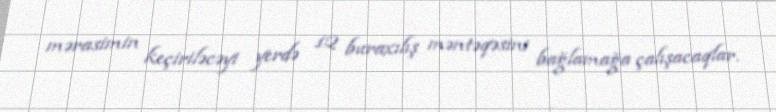
mərasimin keçiriləcəyi yerdə 12 buraxılış məntəqəsini bağlamağa çalışacaqlar.